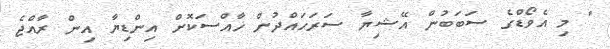
" މި އެވޯޑްގެ ސަބަބުން އޭޝިޔާ ސަރަހައްދުން ޚާއްސަކޮށް އިންޑިޔާ އިން ރާއްޖެ